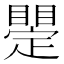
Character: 𥋫